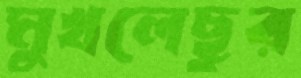
মুখলেছুর